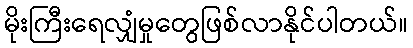
မိုးကြီးရေလျှံမှုတွေဖြစ်လာနိုင်ပါတယ်။